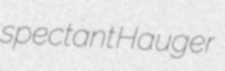
spectant Hauger